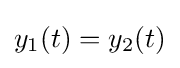
y_{1}(t)=y_{2}(t)